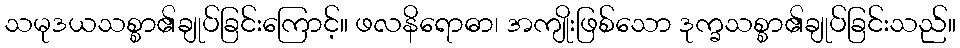
သမုဒယသစ္စာ၏ချုပ်ခြင်းကြောင့်။ ဖလနိရောဓာ၊ အကျိုးဖြစ်သော ဒုက္ခသစ္စာ၏ချုပ်ခြင်းသည်။